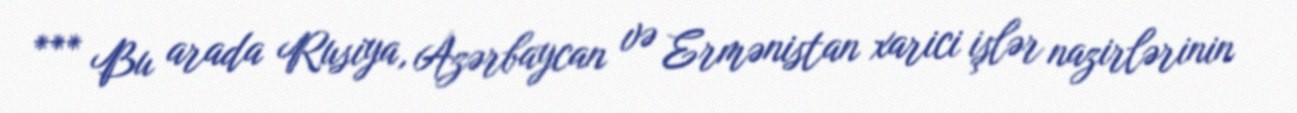
*** Bu arada Rusiya, Azərbaycan və Ermənistan xarici işlər nazirlərinin